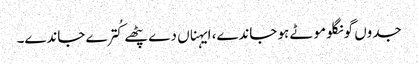
جدوں گونگلو موٹے ہو جاندے، ایہناں دے پٹھے کُترے جاندے۔